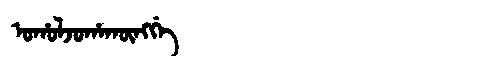
Manchu: ᠣᡥᠣᠯᠵᠣᡥᠠᡴᡡᠩᡤᡝ
Romanization: OHOLJOHAKŪNGGE